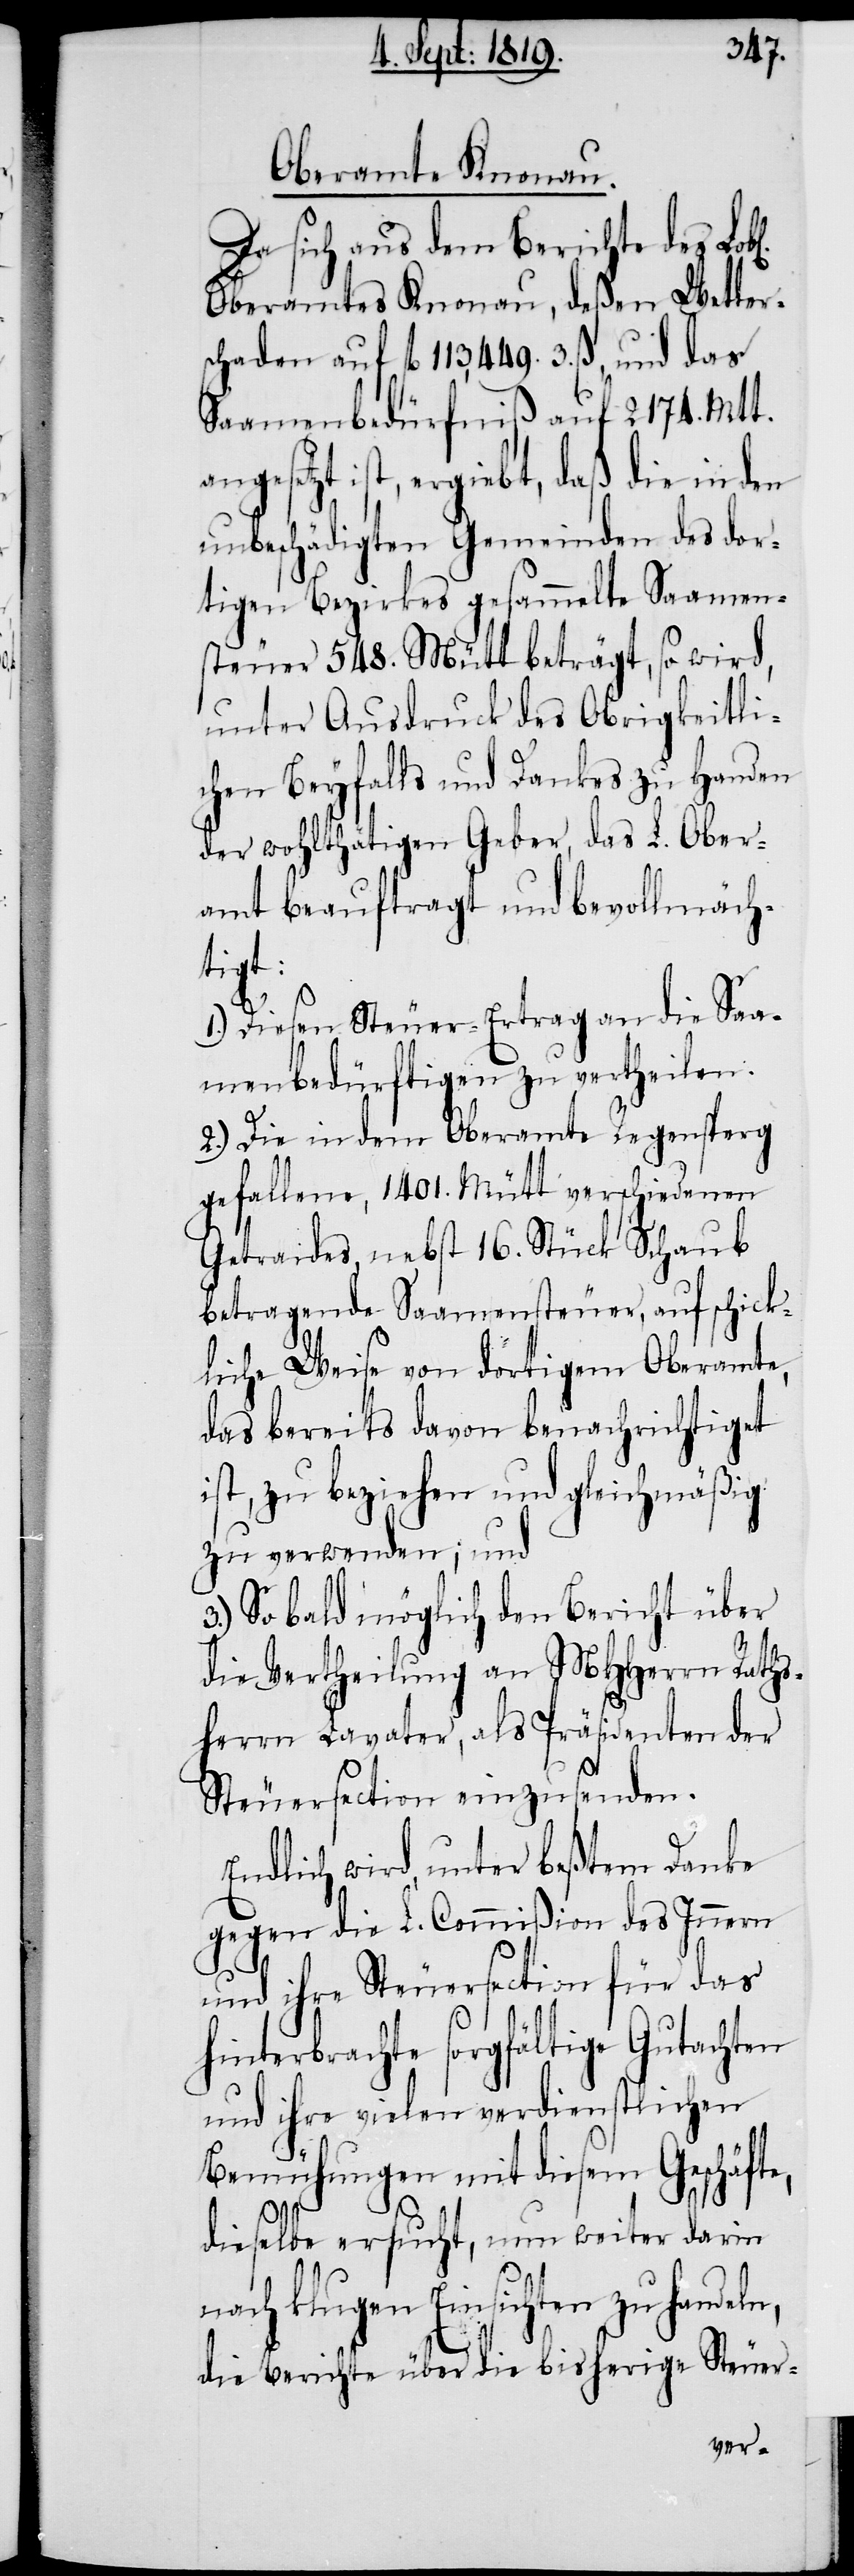
Oberamte Knonau.
Da sich aus dem Berichte des
Oberamtes Knonau, deßen Wetter¬
schaden auf fl. 113,449. 3. ß., und das
Saamenbedürfniß auf 2174. Mtt.
ist, ergiebt, daß die in den
unbeschädigten Gemeinden des dor¬
tigen Bezirkes gesammelte Saamens¬
teuer 548. Mütt beträgt, so wird,
unter Ausdruck des Obrigkeitli¬
chen Beyfalls und Dankes zu Handen
der wohltätigen Geber, das L. Ober¬
amt beauftragt und bevollmäch¬
tigt:
1.) Diesen Steuer-Ertrag an die Saa¬
menbedürftigen zu vertheilen.
2.) Die in dem Oberamte Regensperg
gefallene, 1401. Mütt verschiedenen
Getreides nebst 16. Stück Schaub
betragende Saamensteuer, auf schick¬
liche Weise von dortigem Oberamte,
das bereits davon benachrichtiget
ist, zu beziehen und gleichmäßig
zu verwenden; und
So bald möglich den Bericht über
die Vertheilung an MHHerrn Raths¬
herrn Lavater, als Präsidenten der
Steuersection einzusenden.
Endlich wird, unter beßtem Danke
gegen die L. Commißion des Innern
und ihre Steuersection für das
hinterbrachte sorgfältige Gutachten
und ihre vielen verdienstlichen
Bemühungen mit diesem Geschäfte,
dieselbe ersucht, nun weiter darin
nach klugen Einsichten zu handeln,
die Berichte über die bisherigen Steuer-